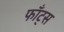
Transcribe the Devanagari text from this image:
फाँट्‌स